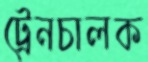
ট্রেনচালক